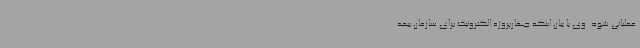
عملیاتی شود. وی با بیان اینکه چهارپروژه الکترونیک برای سازمان بیمه